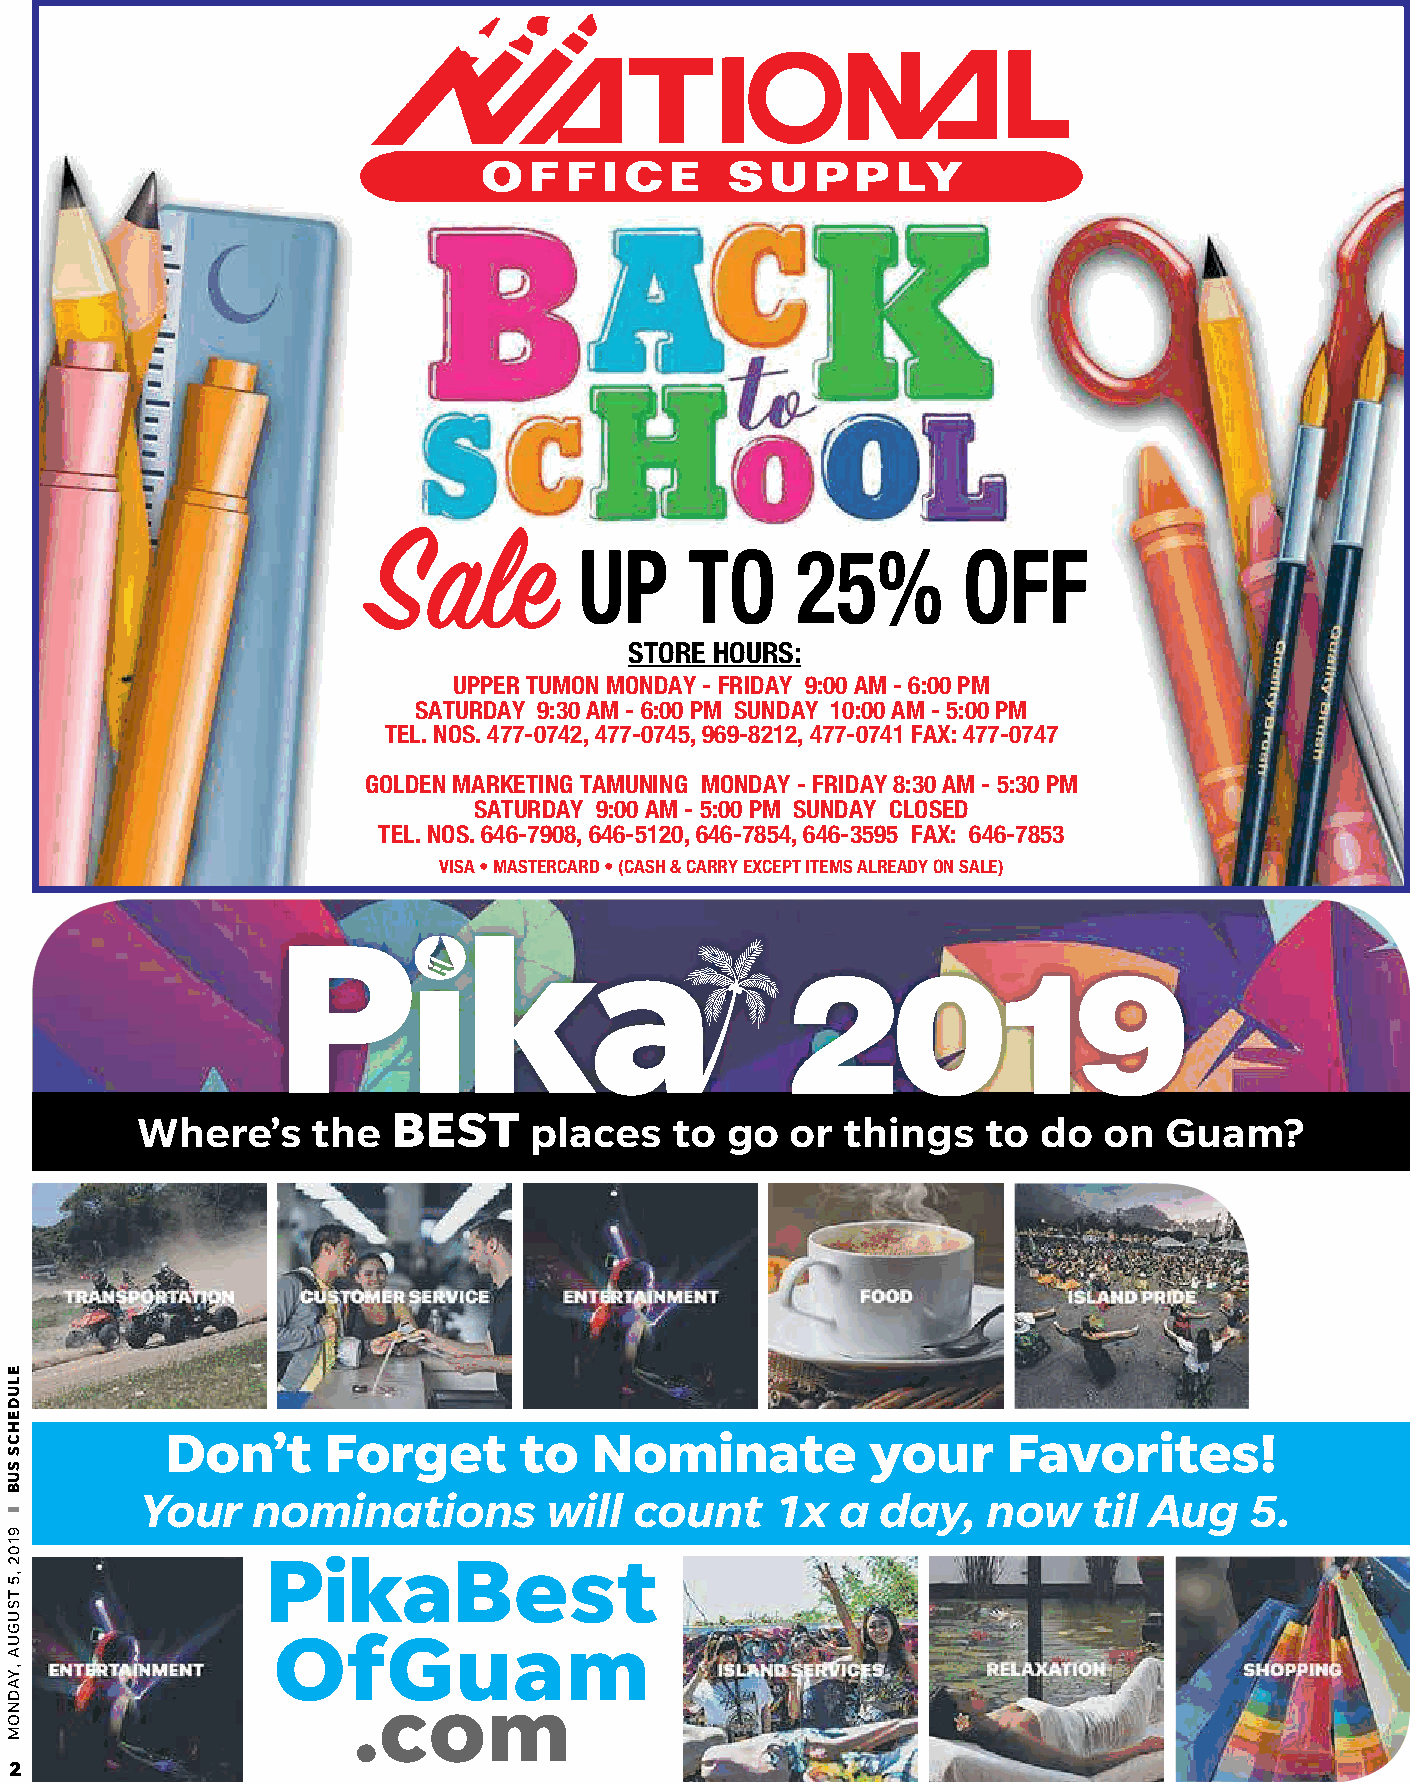
UP      TO     25%        OFF
 STOR E HOUR S:
 UP P ER TUMON MONDAY -FR IDAY 9 :00AM -6 :00P M
 SATUR DAY 9 :30AM -6 :00P M SUNDAY 10:00AM -5:00P M
 TEL. NOS. 477-0742, 477-0745, 9 6 9 -8 212, 477-0741FAX : 477-0747
 GOLDEN MAR K ETING TAMUNING MONDAY -FR IDAY 8 :30AM -5:30P M
 SATUR DAY 9 :00AM -5:00P M SUNDAY C LOSED
 TEL. NOS. 6 46 -79 08 , 6 46 -5120, 6 46 -78 54, 6 46 -359 5 FAX : 6 46 -78 53
 VISA•MASTER CAR D•(CASH& CAR R Y EXCEPTITEMSALR EADY ONSALE)
 BEST
 Where’s     the           places   to  go  or  things   to  do  on  Guam?
 Don’t     Forget       to   Nominate           your     Favorites!
 Your    nominations        will  count    1x   a day,   now    til Aug    5.
 PikaBest
 OfGuam
 .com
 2
 ELUDEHCS
 SUB
 ❚
 9102,5TSUGUA,YADNOM